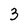
Character: 3